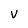
Character: v